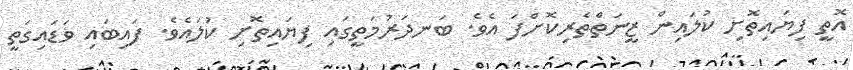
އޮތީ ފިޔައިތޮށި ކުލައިން ޒީނަތްތެރިކޮށްފަ އެެވެ. ބަނދަރުމަތީގައި ފިޔައިތޮށި ކުލައެވެ. ފައިބައި ވަޑައިގަތީ